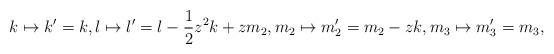
LaTeX: \begin{align*}k\mapsto k^{\prime}=k,l\mapsto l^{\prime}=l -\frac{1}{2}z^{2}k + z m_{2},m_{2}\mapsto m_{2}^{\prime}=m_{2}-z k,m_3\mapsto m_{3}^{\prime}=m_{3},\end{align*}